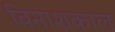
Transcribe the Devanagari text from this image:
विनाशकाल